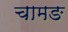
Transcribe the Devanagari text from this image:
चामङ